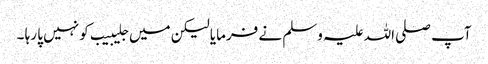
آپ صلی اللہ علیہ وسلم نے فرمایا لیکن میں جلیبیب کو نہیں پا رہا ۔